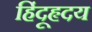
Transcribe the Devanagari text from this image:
हिंदूहृदय